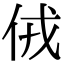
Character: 𠈋